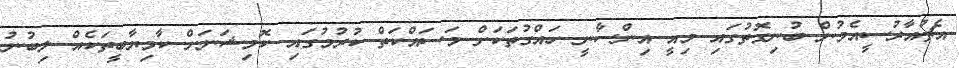
އެޗުއާރުސީއެމުން ބުނިގޮތުގައި މިއީ އިންސާނީ ހައްގުތަކަށް މަސައްކަތް ކުރުމުގައި ކޮމިޝަނަށް ކާމިޔާބީތަކެއް ލިބުނު